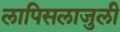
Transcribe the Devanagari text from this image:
लापिसलाजुली